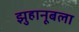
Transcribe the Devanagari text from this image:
झुहानूबला